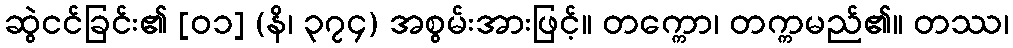
ဆွဲငင်ခြင်း၏ [၀၁] (နိ၊ ၃၇၄) အစွမ်းအားဖြင့်။ တက္ကော၊ တက္ကမည်၏။ တဿ၊